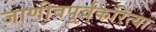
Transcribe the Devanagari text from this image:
जाणीवपूर्वकरित्या